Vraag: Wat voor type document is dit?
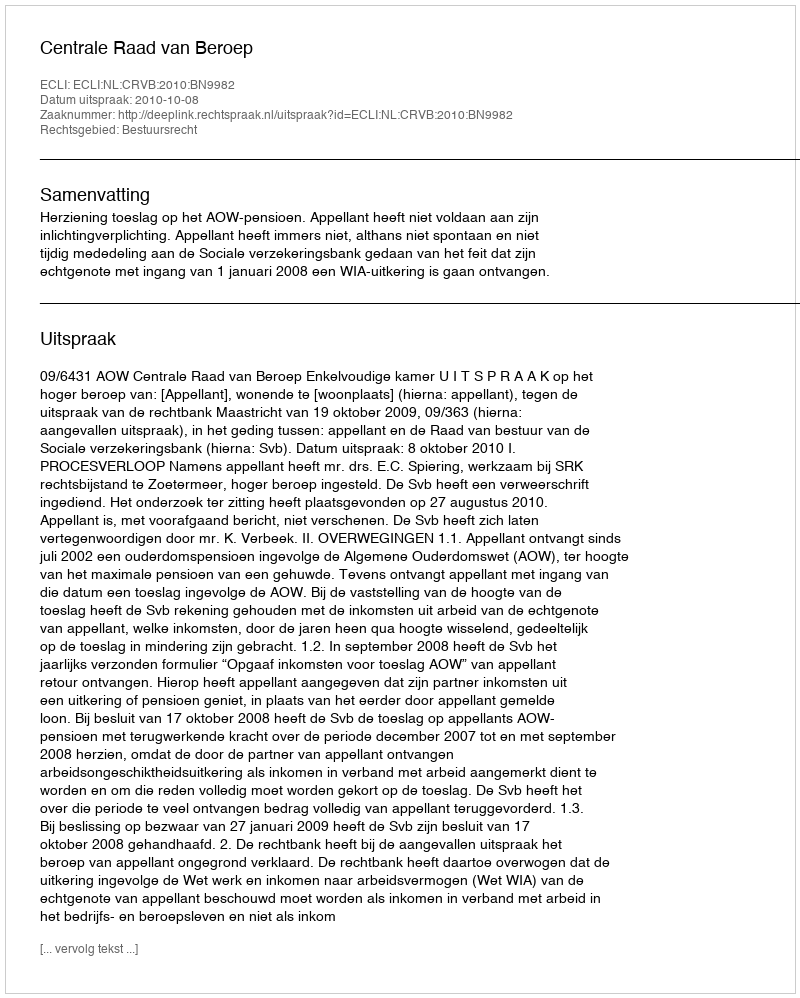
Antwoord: Uitspraak